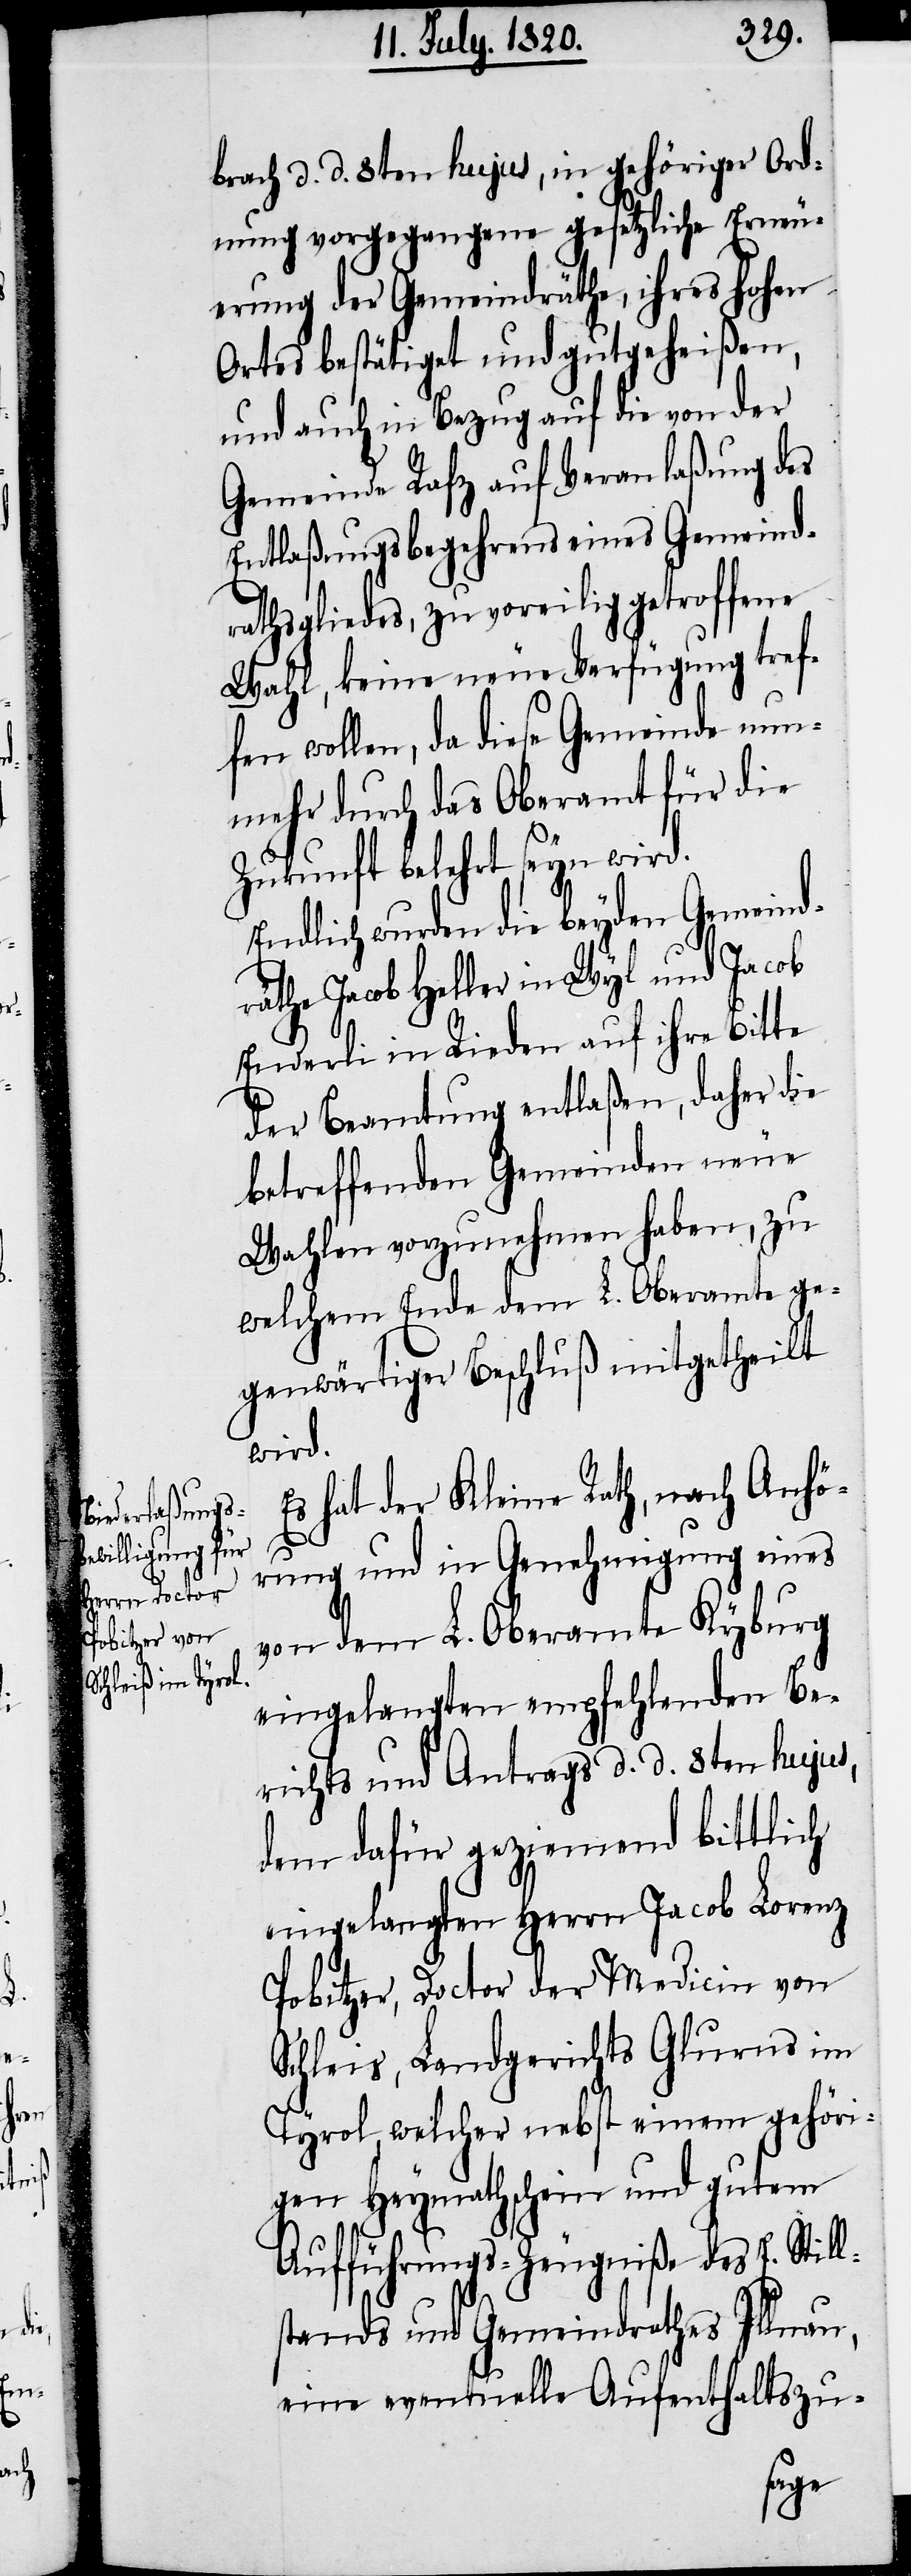
Schleis [si¬

brach d. d. 8ten hujus, in gehöriger Ord¬
nung vorgegangene gesetzliche Erneu¬
erung der Gemeindräthe, ihres hohen
Ortes bestätiget und gutgeheißen,
und auch in Bezug auf die von der
Gemeinde Rafz auf Veranlaßung des
Entlaßungsbegehrens eines Gemeind¬
rathsgliedes, zu voreilig getroffene
Wahl, keine neue Verfügung tref¬
fen wolle, da diese Gemeinde nun¬
mehr durch das Oberamt für die
Zukunft belehrt seyn wird.
Endlich wurden die beyden Gemeind¬
rähte Jacob Heller in Wyl und Jacob
Enderli in Rieden auf ihre Bitte
der Beamtung entlaßen, daher die
betreffenden Gemeinden neue
Wahlen vorzunehmen haben, zu
welchem Ende dem L. Oberamte ge¬
genwärtiger Beschluß mitgetheilt
wird.
Es hat der Kleine Rath, nach Anhö¬
rung und in Genehmigung eines
von dem L. Oberamte Kyburg
eingelangten empfehlenden Be¬
richts und Antrags d. d. 8ten hujus,
dem dafür geziemend bittlich
eingelangten Herrn Jacob Lorenz
Pobitzer, Doctor der Medicin von
c!], Landgerichts Glurns im
Tyrol, welcher nebst einem gehöri¬
gen Heymathschein und gutem
Aufführungs-Zeugniße des E. Still¬
stands und Gemeindrathes Illnau,
eine eventuelle Aufenthaltszu-